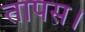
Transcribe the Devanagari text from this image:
तापस।